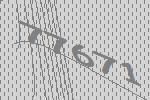
77671